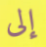
إلى